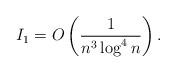
LaTeX: \begin{align*}I_1 = O\left(\frac{1}{n^3\log^4 n}\right).\end{align*}